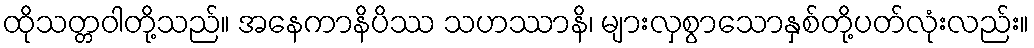
ထိုသတ္တဝါတို့သည်။ အနေကာနိပိဿ သဟဿာနိ၊ များလှစွာသောနှစ်တို့ပတ်လုံးလည်း။